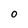
Character: O